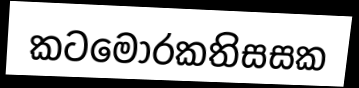
කටමොරකතිසසක